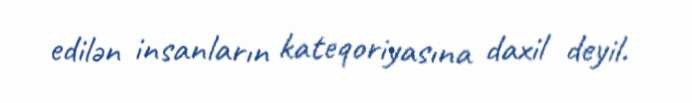
edilən insanların kateqoriyasına daxil deyil.